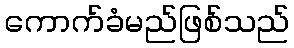
ကောက်ခံမည်ဖြစ်သည်